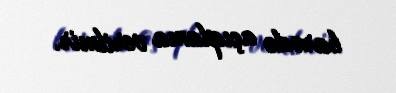
barədə açıqlama verilmir.